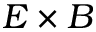
E \times B